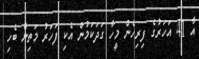
އާ 41 އަހަރުގެ ފިރިހެން މީހާ ގަދަކަމުން އެކި ފަހަރު މަތިން ބެހި